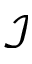
\mathcal { I }